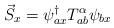
LaTeX: \begin{align*}\vec{S}_{x}=\psi_{ax}^{\dagger}T_{ab}^{\alpha}\psi_{bx}\end{align*}